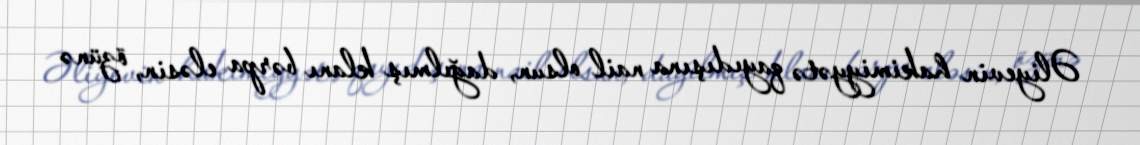
Əliyevin hakimiyyətə qayıdışına nail olsun, dağılmış klanı bərpa eləsin, özünə